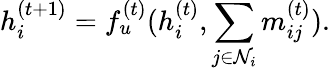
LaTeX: h_{i}^{(t+1)}=f_{u}^{(t)}(h_{i}^{(t)},\sum_{j\in\mathcal{N}_{i}}m_{ij}^{(t)}).